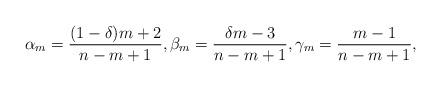
LaTeX: \begin{align*} \alpha_m = \frac{(1-\delta)m+2}{n-m+1}, \beta_m = \frac{\delta m-3}{n-m+1}, \gamma_m = \frac{m-1}{n-m+1},\end{align*}